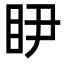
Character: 𭾥